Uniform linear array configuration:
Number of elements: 16
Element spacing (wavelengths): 0.5
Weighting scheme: hann
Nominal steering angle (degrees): -15
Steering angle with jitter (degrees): -13.182
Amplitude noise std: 0.05
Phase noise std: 0.05

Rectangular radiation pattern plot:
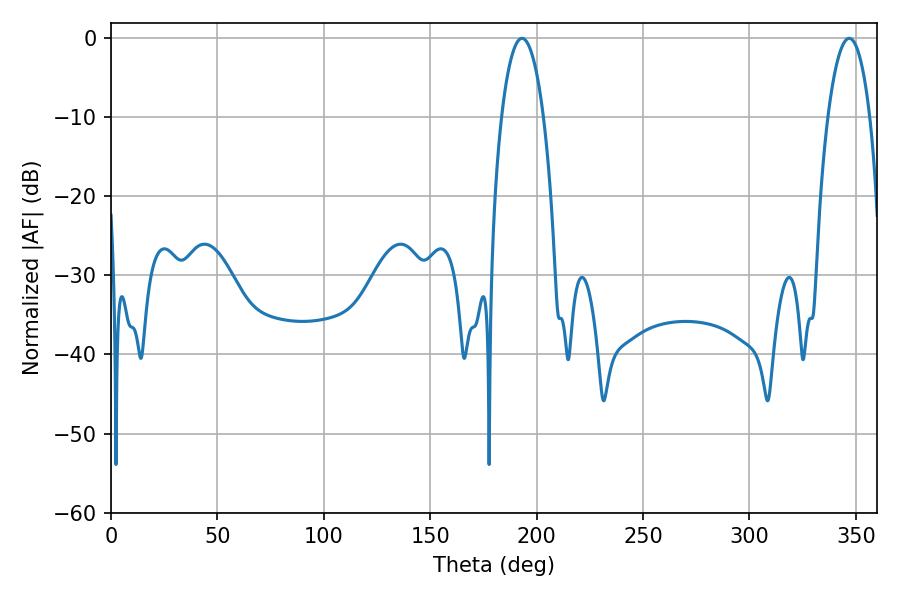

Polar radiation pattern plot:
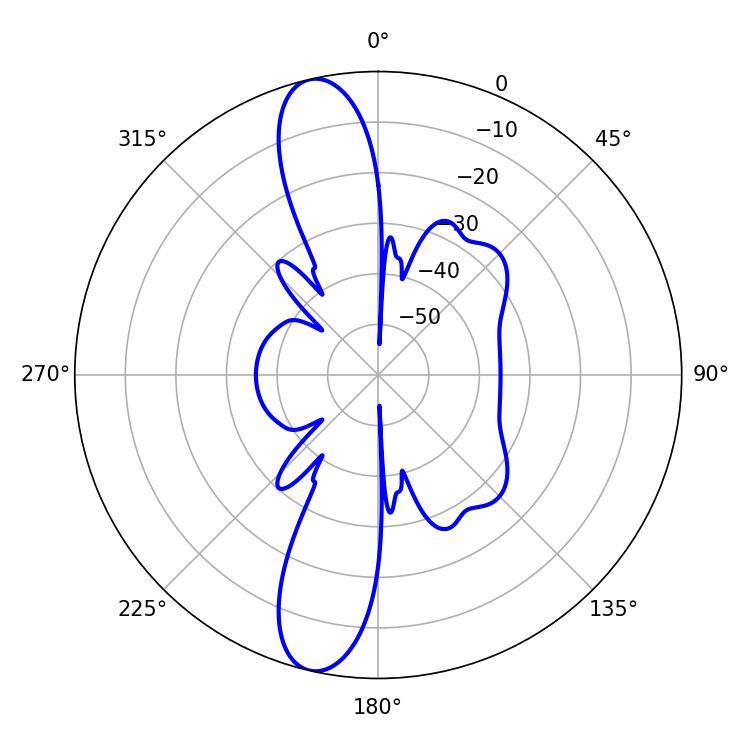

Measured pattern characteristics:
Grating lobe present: FALSE
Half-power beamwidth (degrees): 10.98
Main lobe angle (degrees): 193.14